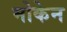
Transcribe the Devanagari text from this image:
मोकेन